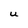
Character: U